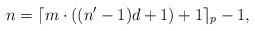
\begin{align*}n=\lceil m\cdot ((n'-1)d+1)+1\rceil_p -1,\end{align*}